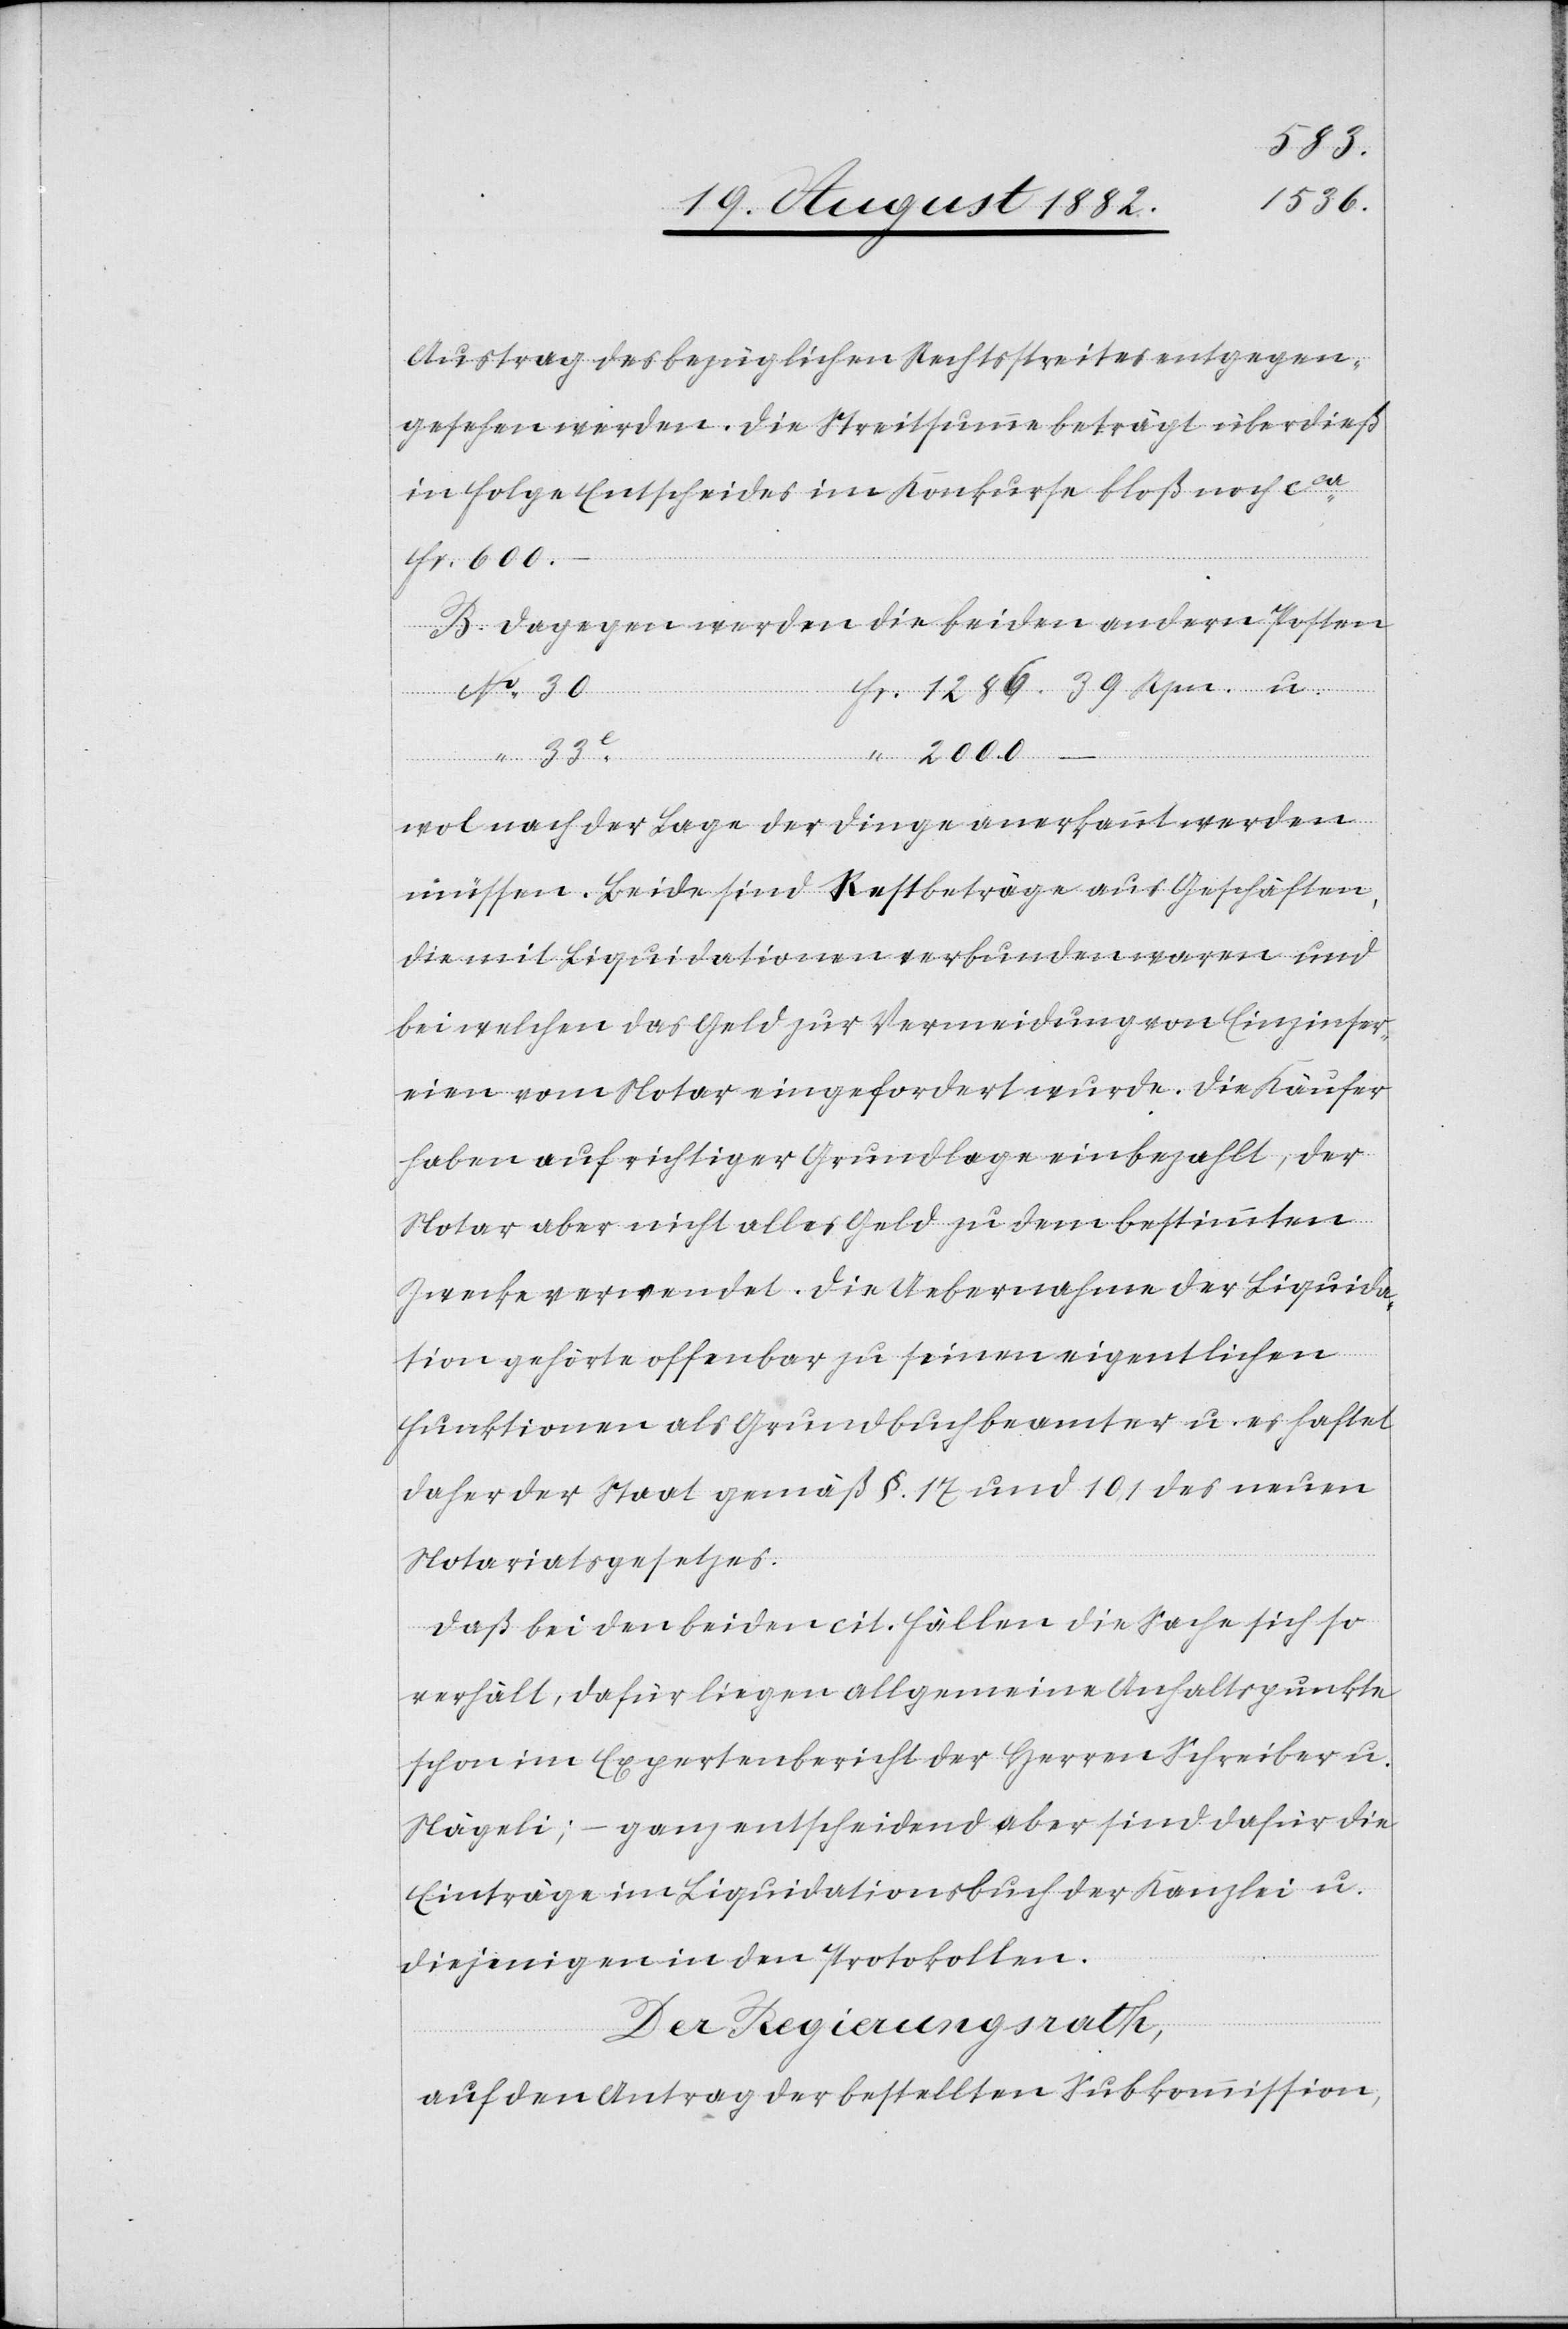
1286.
Austrag des bezüglichen Rechtsstreites entgegen¬
gesehen werden. Die Streitsumme beträgt überdieß
in Folge Entscheides im Konkurse bloß noch ca
Fr. 600.–
B. Dagegen werden die beiden andern Posten
…
u.
2000.
wol nach der Lage der Dinge anerkannt werden
müssen. Beide sind Restbeträge aus Geschäften,
die mit Liquidationen verbunden waren und
bei welchen das Geld zur Vermeidung von Einzinser¬
ien vom Notar eingefordert wurde. Die Käufer
haben auch richtiger Grundlage einbezahlt, der
Notar aber nicht alles Geld zu dem bestimmten
Zwecke verwendet. Die Uebernahme der Liquida¬
tion gehörte offenbar zu seinen eigentlichen
Funktionen als Grundbuchbeamter u. es haftet
daher der Staat gemäß §. 17 und 101 des neuen
Notariatsgesetzes.
Daß bei den beiden cit. Fällen die Sache sich so
verhält, dafür liegen allgemeine Anhaltspunkte
schon im Expertenbericht der Herren Schreiber u.
Nägeli; – ganz entscheidend aber sind dafür die
Einträge im Liquidationsbuch der Kanzlei u.
diejenigen in den Protokollen.
Der Regierungsrath,
auf den Antrag der bestellten Subkommission,